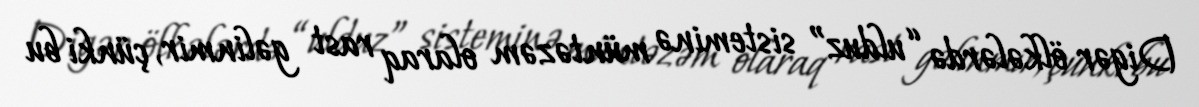
Digər ölkələrdə “ulduz” sisteminə müntəzəm olaraq rast gəlinmir, çünki bu